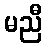
မညီ